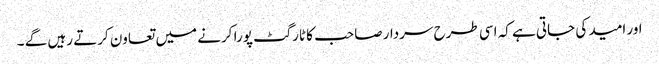
اور امید کی جاتی ہے کہ اسی طرح سردار صاحب کا ٹارگٹ پورا کرنے میں تعاون کرتے رہیں گے ۔